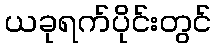
ယခုရက်ပိုင်းတွင်